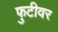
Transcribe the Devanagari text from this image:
फुटीवर